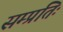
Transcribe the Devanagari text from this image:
सम्प्रतिः